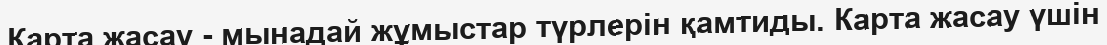
Карта жасау - мынадай жұмыстар түрлерін қамтиды. Карта жасау үшін